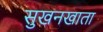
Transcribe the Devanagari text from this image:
सुखनखाता